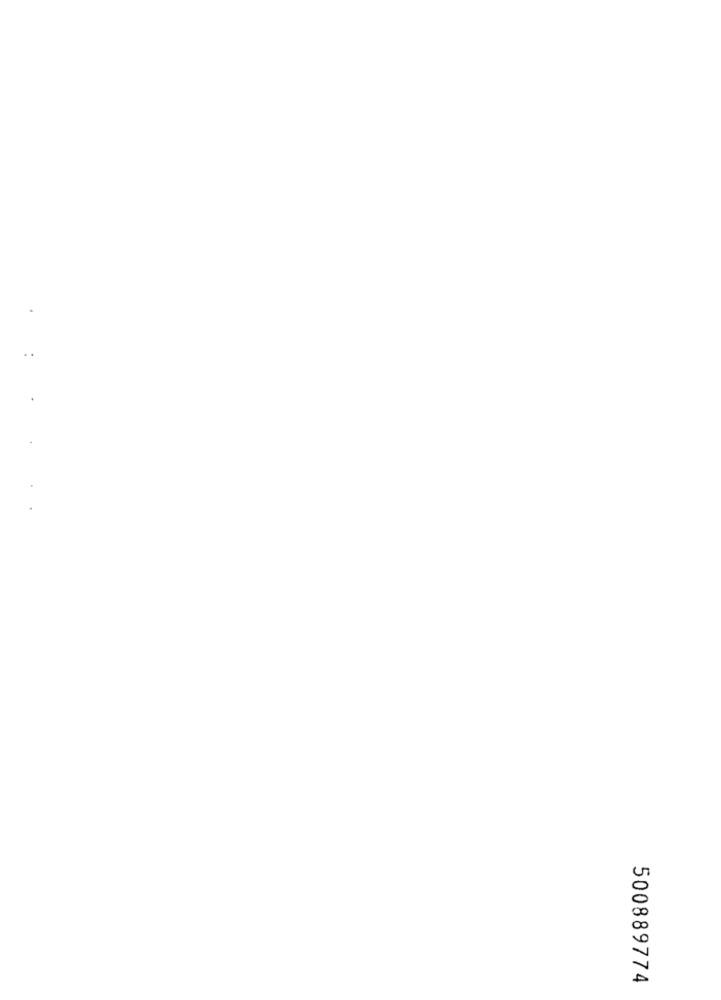
500889774